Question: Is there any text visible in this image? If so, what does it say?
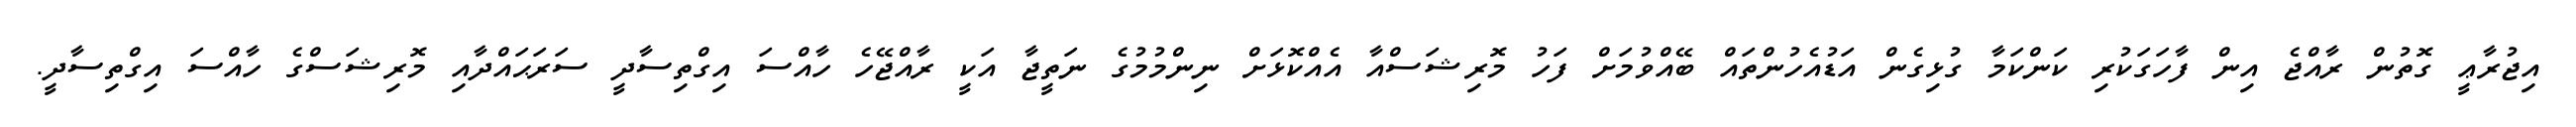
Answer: އިޖުރާޢީ ގޮތުން ރާއްޖެ އިން ފާހަގަކުރި ކަންކަމާ ގުޅިގެން އަޑުއެހުންތައް ބޭއްވުމަށް ފަހު މޮރިޝަސްއާ އެއްކޮޅަށް ނިންމުމުގެ ނަތީޖާ އަކީ ރާއްޖޭހެ ހާއްސަ އިގްތިސާދީ ސަރަޙައްދާއި މޮރިޝަސްގެ ހާއްސަ އިގްތިސާދީ.